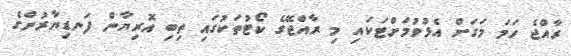
ރާއްޖެ ހަމަ މަގަށް އެޅުވުމަށްޓަކައި މި ރާއްޖޭގެ ކޯޓުތަކުގައި ތިބި އޮރިޔާން ފަނޑިޔާރުންގެ